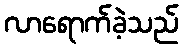
လာရောက်ခဲ့သည်